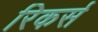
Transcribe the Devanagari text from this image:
रिकर्स